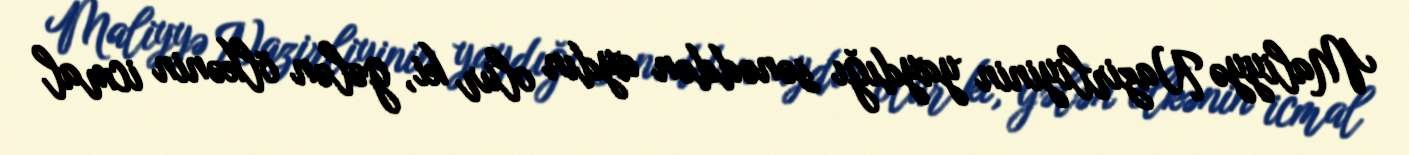
Maliyyə Nazirliyinin yaydığı sənəddən aydın olur ki, gələn ölkənin icmal